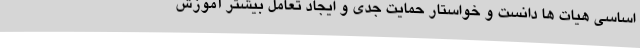
اساسی هیات ها دانست و خواستار حمایت جدی و ایجاد تعامل بیشتر آموزش‌